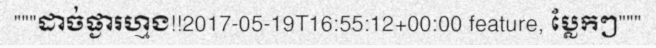
"""ដាច់ផ្ងារហ្មង!!2017-05-19T16:55:12+00:00 feature, ប្លែកៗ"""